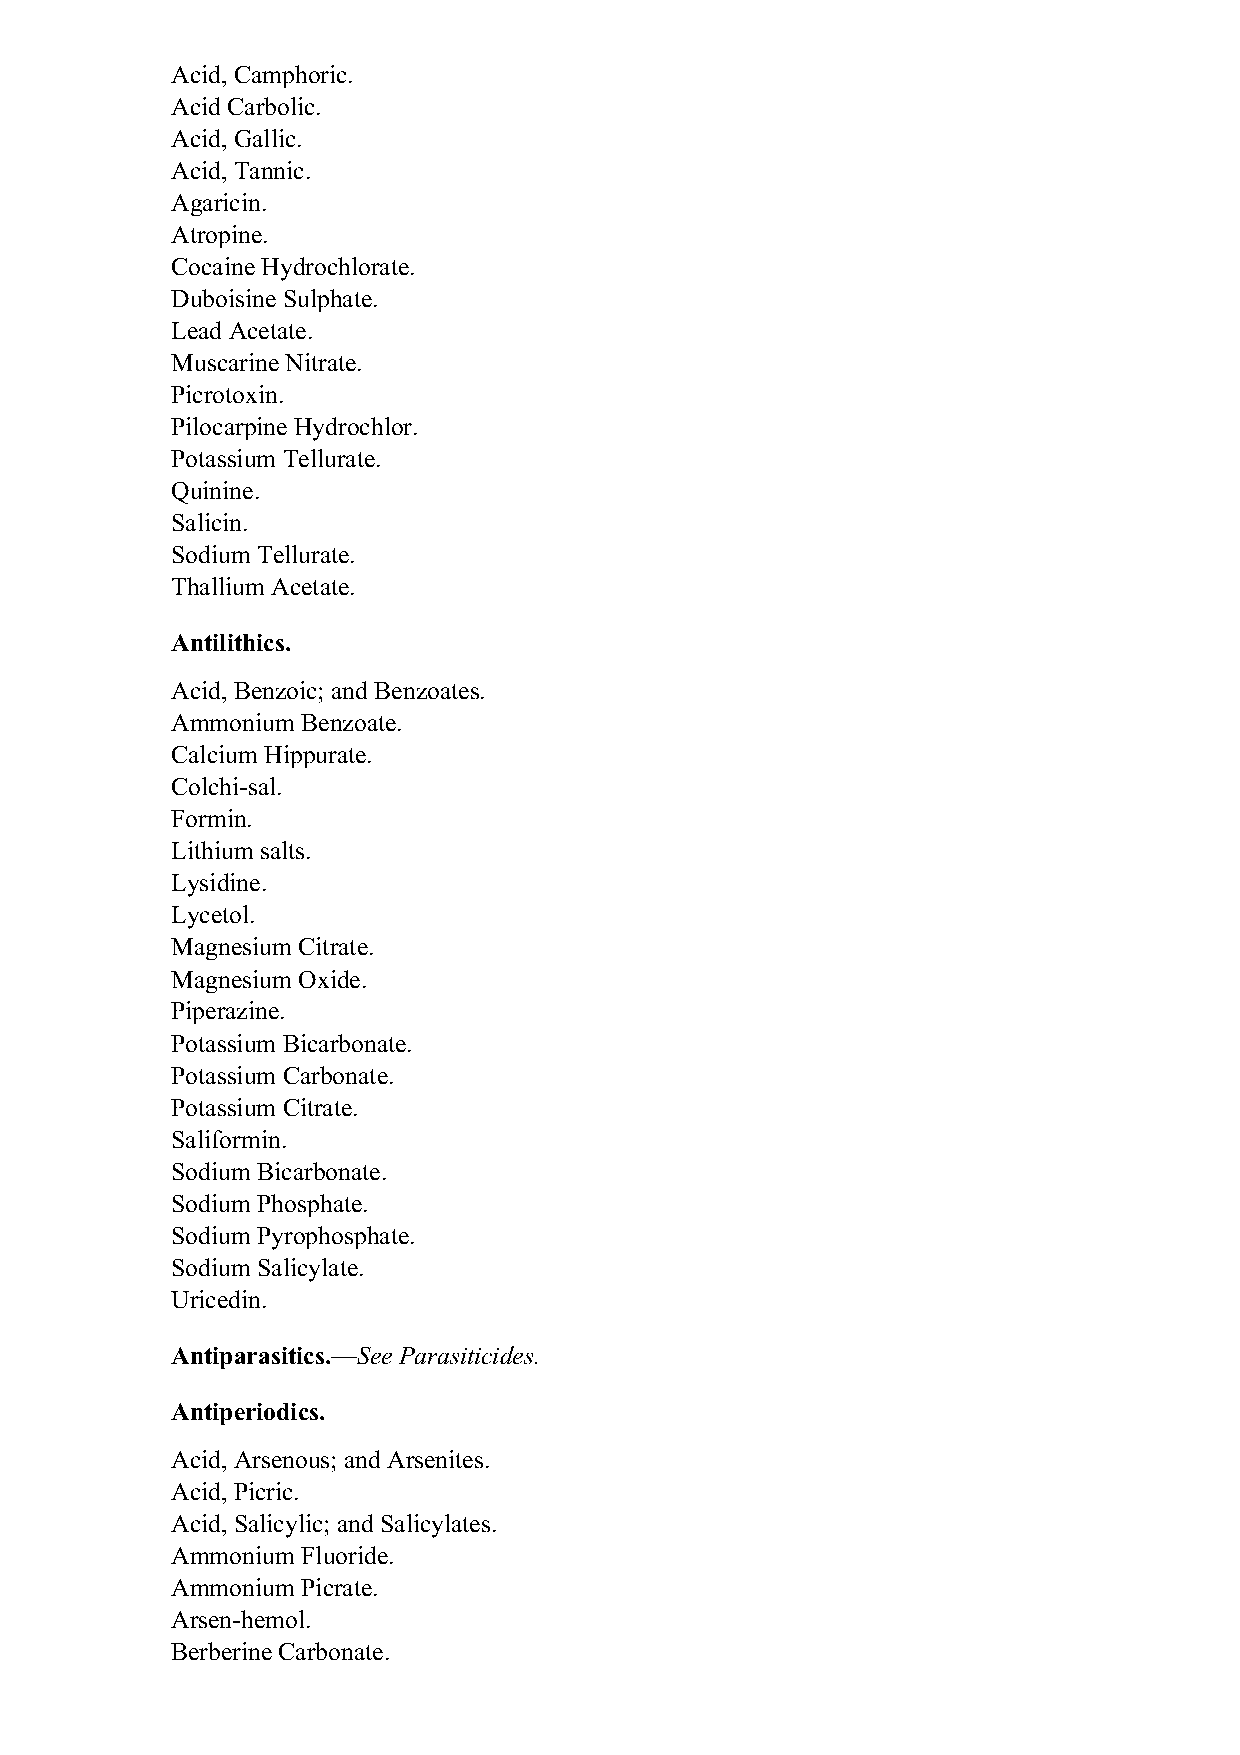
Acid, Camphoric.
 Acid Carbolic.
 Acid, Gallic.
 Acid, Tannic.
 Agaricin.
 Atropine.
 Cocaine Hydrochlorate.
 Duboisine Sulphate.
 Lead Acetate.
 Muscarine Nitrate.
 Picrotoxin.
 Pilocarpine Hydrochlor.
 Potassium Tellurate.
 Quinine.
 Salicin.
 Sodium Tellurate.
 Thallium Acetate.
 Antilithics.
 Acid, Benzoic; and Benzoates.
 Ammonium Benzoate.
 Calcium Hippurate.
 Colchi-sal.
 Formin.
 Lithium salts.
 Lysidine.
 Lycetol.
 Magnesium Citrate.
 Magnesium Oxide.
 Piperazine.
 Potassium Bicarbonate.
 Potassium Carbonate.
 Potassium Citrate.
 Saliformin.
 Sodium Bicarbonate.
 Sodium Phosphate.
 Sodium Pyrophosphate.
 Sodium Salicylate.
 Uricedin.
 Antiparasitics.—See Parasiticides.
 Antiperiodics.
 Acid, Arsenous; and Arsenites.
 Acid, Picric.
 Acid, Salicylic; and Salicylates.
 Ammonium Fluoride.
 Ammonium Picrate.
 Arsen-hemol.
 Berberine Carbonate.